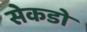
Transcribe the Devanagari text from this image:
सेकडो